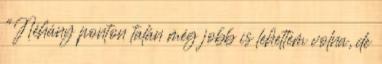
"Néhány ponton talán még jobb is lehettem volna, de